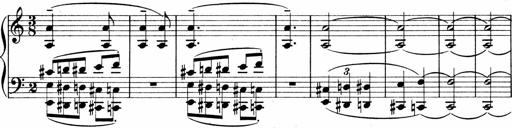
Title: Sonatina No.1
Composer: Otto Stoll
Key: C major